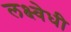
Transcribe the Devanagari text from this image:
लक्ष्वेधी